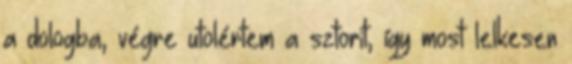
a dologba, végre utolértem a sztorit, így most lelkesen